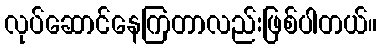
လုပ်ဆောင်နေကြတာလည်းဖြစ်ပါတယ်။